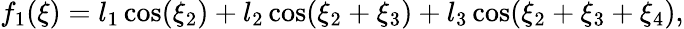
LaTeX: f_{1}(\xi)=l_{1}\cos(\xi_{2})+l_{2}\cos(\xi_{2}+\xi_{3})+l_{3}\cos(\xi_{2}+\xi_{3}+\xi_{4}),